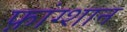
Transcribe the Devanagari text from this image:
फ़ांग्शान